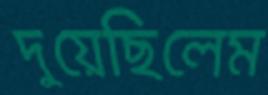
দুয়েছিলেম